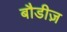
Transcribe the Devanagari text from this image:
बौडीज़